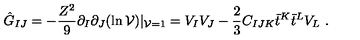
\hat { G } _ { I J } = - { \frac { Z ^ { 2 } } { 9 } } \partial _ { I } \partial _ { J } ( \ln { \cal V } ) | _ { { \cal V } = 1 } = V _ { I } V _ { J } - { \frac { 2 } { 3 } } C _ { I J K } \bar { t } ^ { K } \bar { t } ^ { L } V _ { L } \ .